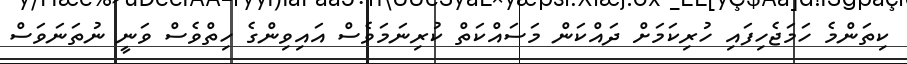
ކިތަންމެ ހަމަޖެހިފައި ހުރިކަމަށް ދައްކަން މަސައްކަތް ކުރިނަމަވެސް އައިވިންގެ ހިތްވެސް ވަނީ ނުތަނަވަސް